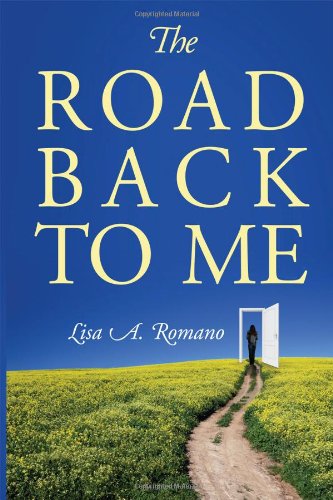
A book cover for The Road Back to Me: Healing and Recovering From Co-dependency, Addiction, Enabling, and Low Self Esteem.; Lisa A Romano; Self-Help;